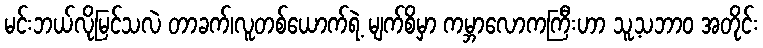
မင်းဘယ်လိုမြင်သလဲ တာခက်၊လူတစ်ယောက်ရဲ့ မျက်စိမှာ ကမ္ဘာလောကကြီးဟာ သူ့သဘာဝ အတိုင်း